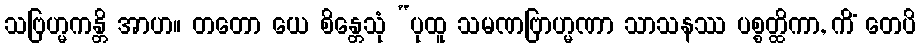
သဗြဟ္မကန္တိ အာဟ။ တတော ယေ စိန္တေသုံ “ပုထူ သမဏဗြာဟ္မဏာ သာသနဿ ပစ္စတ္ထိကာ, ကိံ တေပိ